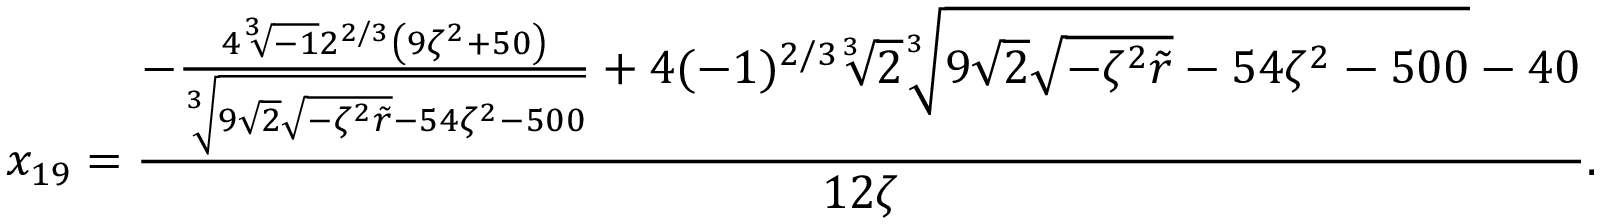
x _ { 1 9 } = \frac { - \frac { 4 \sqrt [ 3 ] { - 1 } 2 ^ { 2 / 3 } \left( 9 \zeta ^ { 2 } + 5 0 \right) } { \sqrt [ 3 ] { 9 \sqrt { 2 } \sqrt { - \zeta ^ { 2 } \tilde { r } } - 5 4 \zeta ^ { 2 } - 5 0 0 } } + 4 ( - 1 ) ^ { 2 / 3 } \sqrt [ 3 ] { 2 } \sqrt [ 3 ] { 9 \sqrt { 2 } \sqrt { - \zeta ^ { 2 } \tilde { r } } - 5 4 \zeta ^ { 2 } - 5 0 0 } - 4 0 } { 1 2 \zeta } .